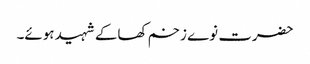
حضرت نوے زخم کھاکے شہید ہوئے۔